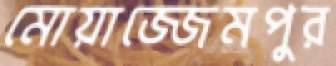
মোয়াজ্জেমপুর